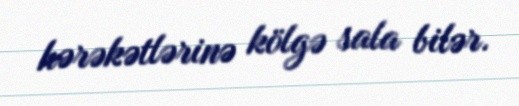
hərəkətlərinə kölgə sala bilər.